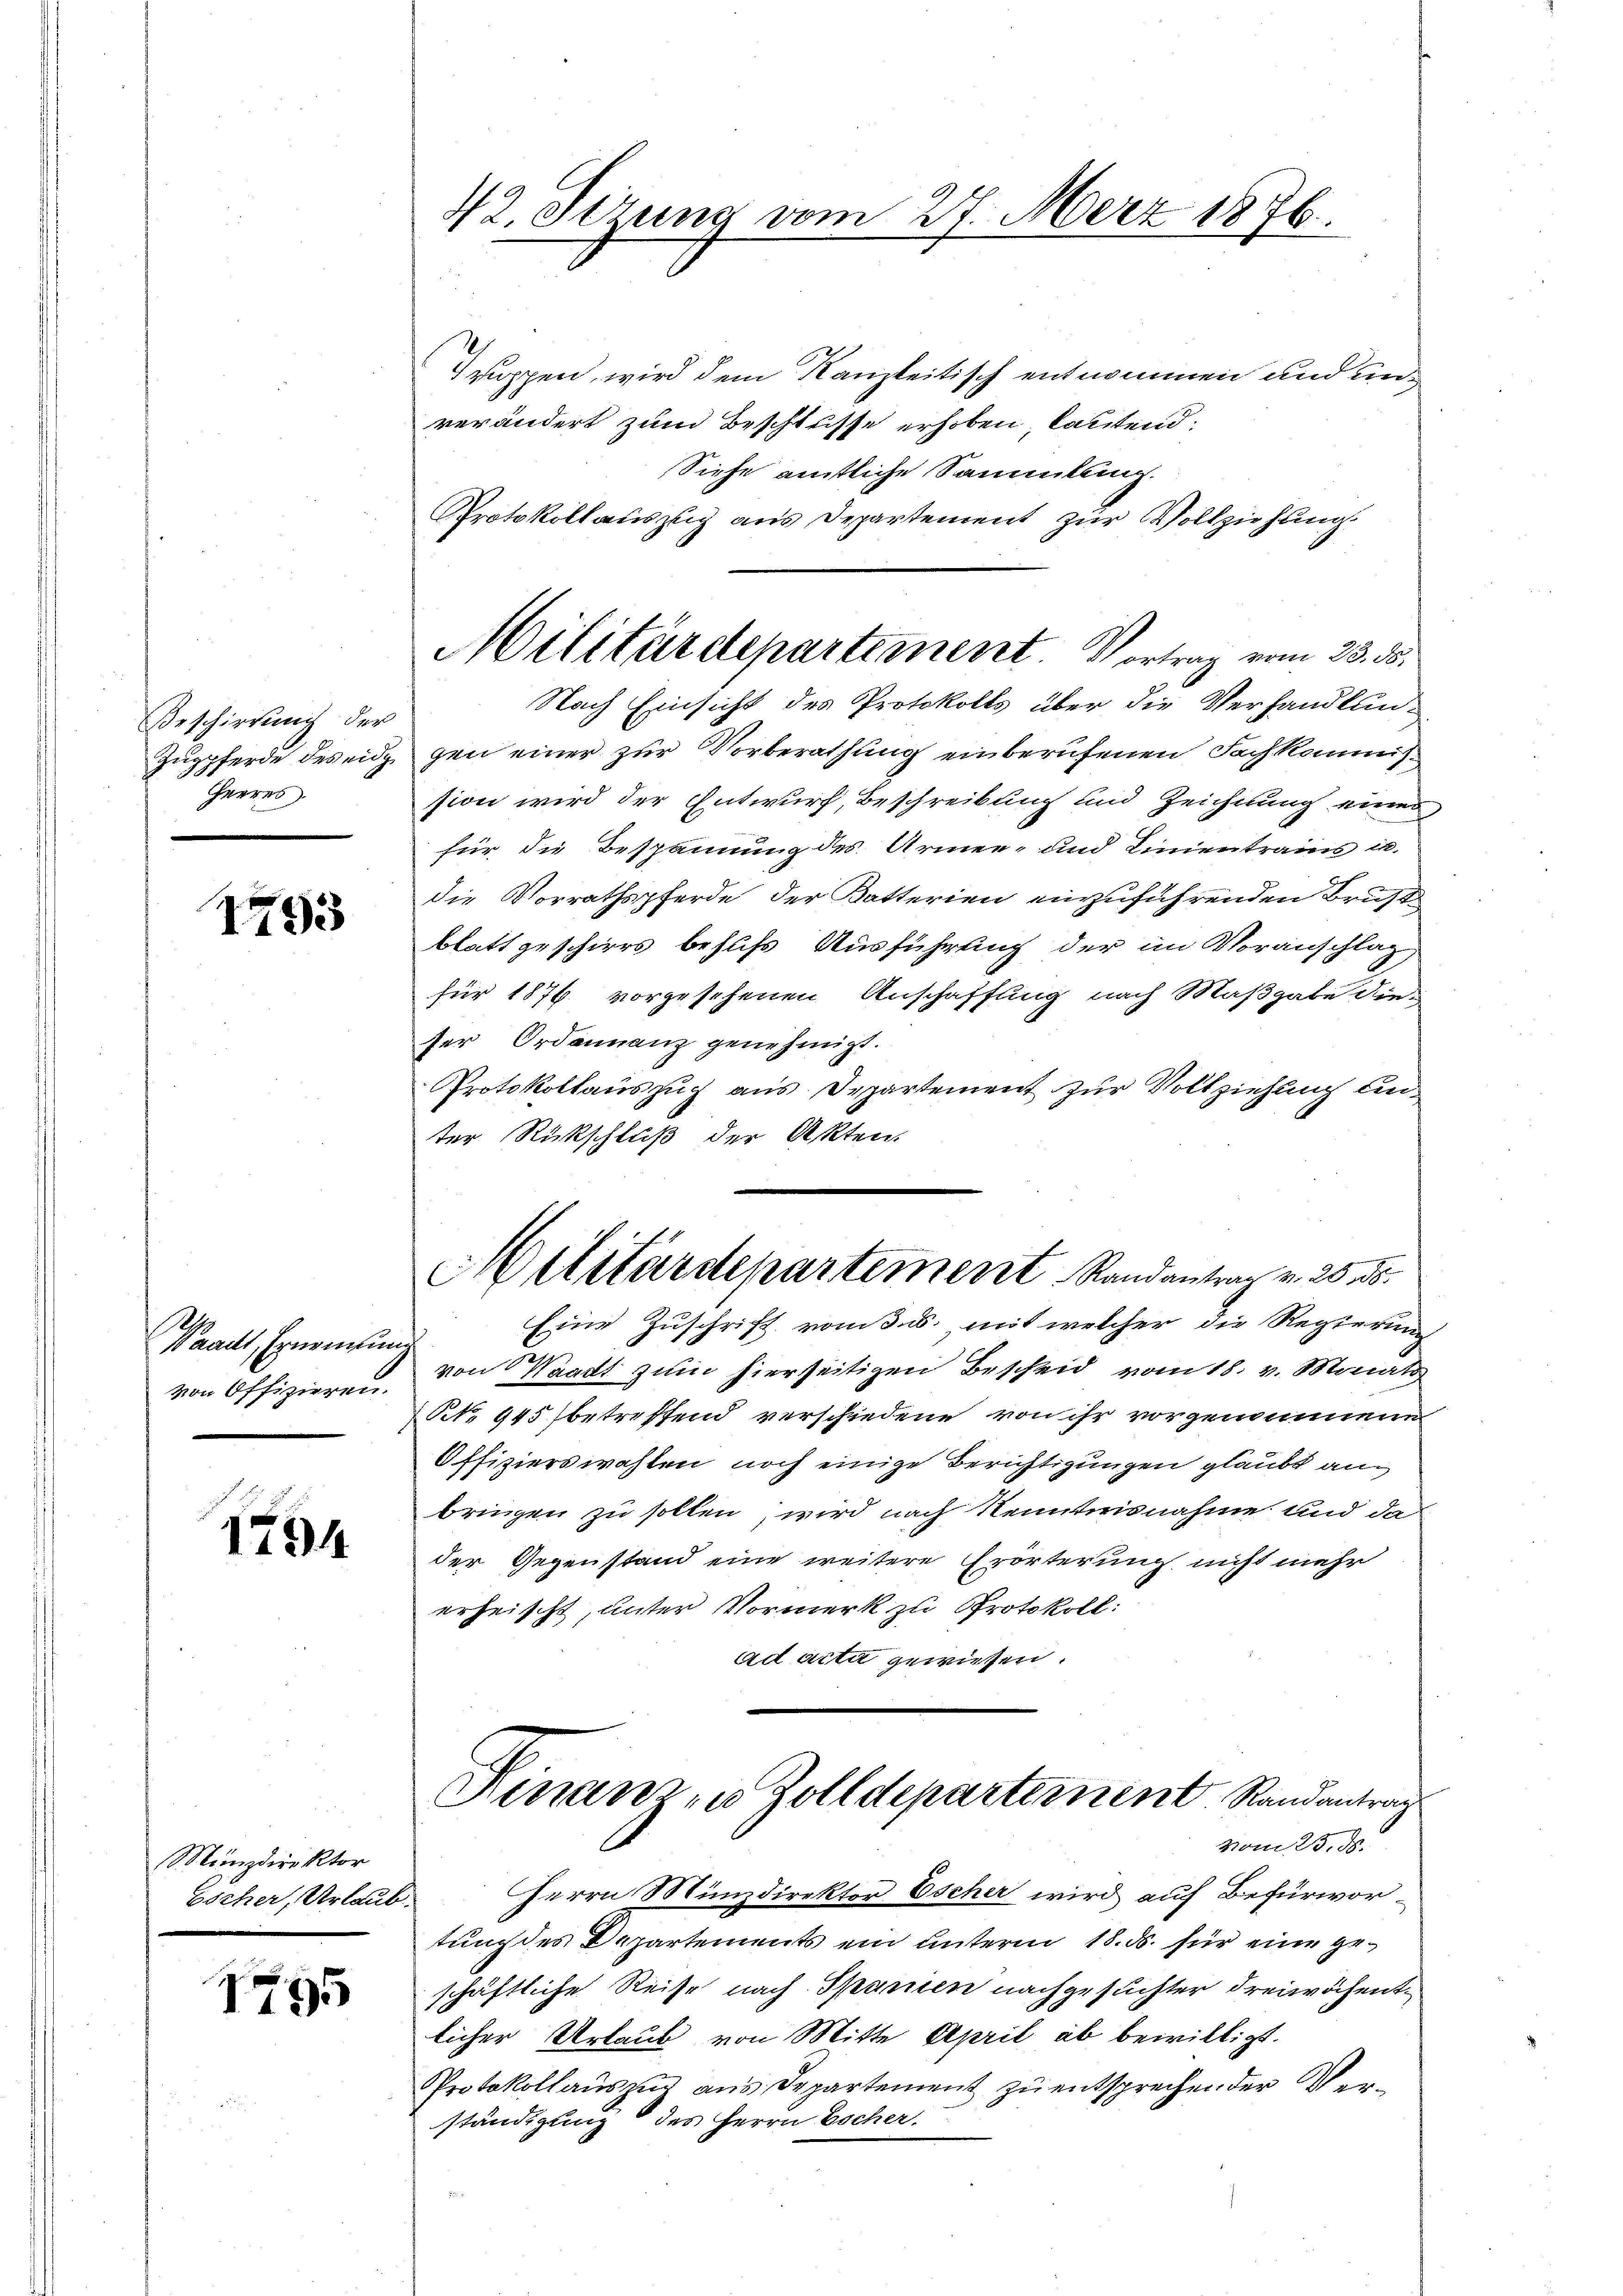
Beschirrung der
Zugpferde des eidg
Herres

1793

Waadt, Ernennung
von Offizieren.

1794

Münzdirektor

1795

42. Dezung vom 27. März 1876.

ruppen, wird dem Kanzleitisch entnommen und unverändert zum Beschlusse erhoben, lautend.
Siehe amtliche Sammlung.
Protokollauszug aus Departement zur Vollziehung.
Nach Einsicht des Protokolls über die Verhandlungen einer zur Vorberathung einberufenen Sachkommission wird der Entwurf, Beschreibung und Zeichtung einer
für die Bespannung des Armee- und Linientrains in
die Vorrathspferde der Katterien einzuführenden Brust
blatt geschiers behufs Ausführung der im Voranschlag
für 1876 vorgesehenen Anschaffung nach Maßgabe die-
ser Ordonnanz genehmigt.
Protokollauszug aus Departement zur Vollziehung unter Rückschluß der Akten.
Eine Zuschrift vom 3. ds. mit welcher die Regierung
von Waadt zum hierseitigen Bescheid vom 18. v. Monat
NNo. 945 betreffend verschiedene von ihr vorgenommene
Offizierswahlen noch einige Berichtigungen glaubt an
bringen zu sollen, wird nach Kenntnisnahme und da
der Gegenstand eine weitere Erörterung nicht mehr
erheischt, unter Vormerk zu Protokoll:
ad acta gewiesen.
Hinanz in Zolldepartement Randantrag
vom 23. ds.
Escher, Urlaub. Herrn Münzdirektor Escher wird auf Befürwortung des Departements ein unterm 18. ds. für eine geschäftliche Reise nach Sparien nachgesuchter Freiwöchentlicher Urlaub von Mitte April ab bewilligt.
Protokollauszug aus Departement zu entsprechender Verständigung des Herrn Bocher.

Militärdepartement. Vortrag vom 23. ds.

Militärdepartement Randantrag v. 25. ds.